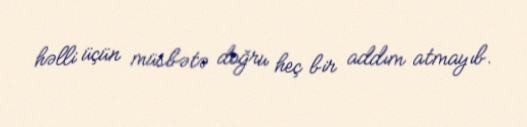
həlli üçün müsbətə doğru heç bir addım atmayıb.